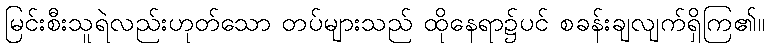
မြင်းစီးသူရဲလည်းဟုတ်သော တပ်များသည် ထိုနေရာ၌ပင် စခန်းချလျက်ရှိကြ၏။